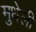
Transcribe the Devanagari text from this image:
मुधेली